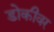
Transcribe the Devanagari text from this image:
डोकीवर